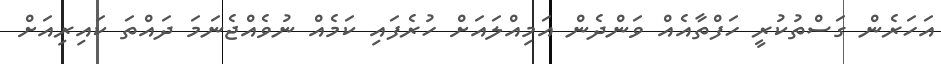
އަހަރެން ގަސްތުކުރީ ހަފްތާއެއް ވަންދެން އަމިއްލައަށް ހުރެފައި ކަމެއް ނުވެއްޖެނަމަ ދައްތަ ކައިރިއަށް